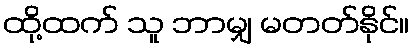
ထို့ထက် သူ ဘာမျှ မတတ်နိုင်။